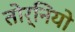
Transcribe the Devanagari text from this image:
तोर्नियो